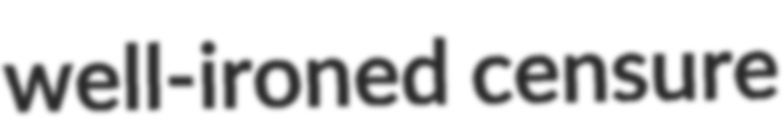
well-ironed censure